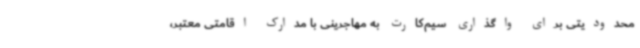
محدودیتی برای واگذاری سیم‌کارت به مهاجرینی با مدارک اقامتی معتبر،